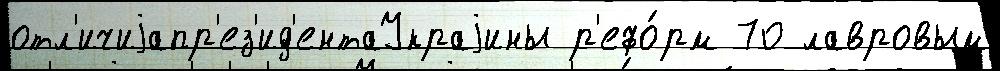
отл'ичиjапр'ез'ид'ентаУкраjины р'ефо́рм 70 лавровым